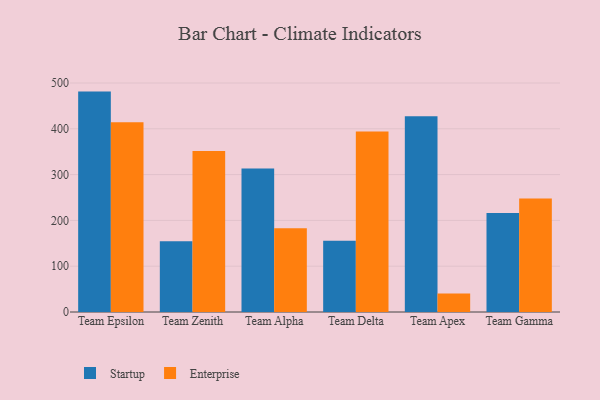
{"axis": {"x": "Team", "y": "Shipments"}, "legend": ["Enterprise", "Startup"], "data": [{"x": "Team Epsilon", "y": 481.2, "type": "Startup"}, {"x": "Team Epsilon", "y": 414.4, "type": "Enterprise"}, {"x": "Team Zenith", "y": 154.3, "type": "Startup"}, {"x": "Team Zenith", "y": 351.5, "type": "Enterprise"}, {"x": "Team Alpha", "y": 313.5, "type": "Startup"}, {"x": "Team Alpha", "y": 182.8, "type": "Enterprise"}, {"x": "Team Delta", "y": 155.6, "type": "Startup"}, {"x": "Team Delta", "y": 393.9, "type": "Enterprise"}, {"x": "Team Apex", "y": 427.3, "type": "Startup"}, {"x": "Team Apex", "y": 40.5, "type": "Enterprise"}, {"x": "Team Gamma", "y": 216.4, "type": "Startup"}, {"x": "Team Gamma", "y": 247.7, "type": "Enterprise"}]}